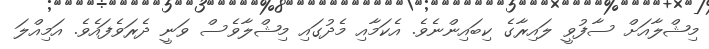
މިޝްލާއަށް ސާފުވީ ލައިރާގެ ކިބައިންނެވެ. އެކަމާއި މެދުގައި މިޝްލާވެސް ވަނީ ދެރަވެފައެވެ. އަމިއްލަ